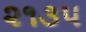
૨૧૩૫